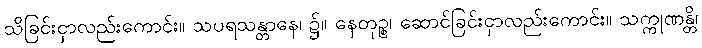
သိခြင်းငှာလည်းကောင်း။ သပရသန္တာနေ၊ ၌။ နေတုဉ္စ၊ ဆောင်ခြင်းငှာလည်းကောင်း။ သက္ကုဏန္တိ၊